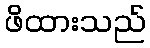
ဖိထားသည်